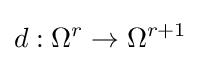
d:\Omega ^{r}\to \Omega ^{r+1}